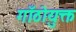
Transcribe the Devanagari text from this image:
गाँठोयुक्त